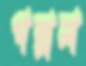
পল্লল